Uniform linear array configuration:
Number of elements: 32
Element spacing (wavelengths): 1
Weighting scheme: blackman
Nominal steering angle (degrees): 15
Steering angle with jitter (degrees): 14.605
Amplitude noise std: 0.05
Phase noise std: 0.05

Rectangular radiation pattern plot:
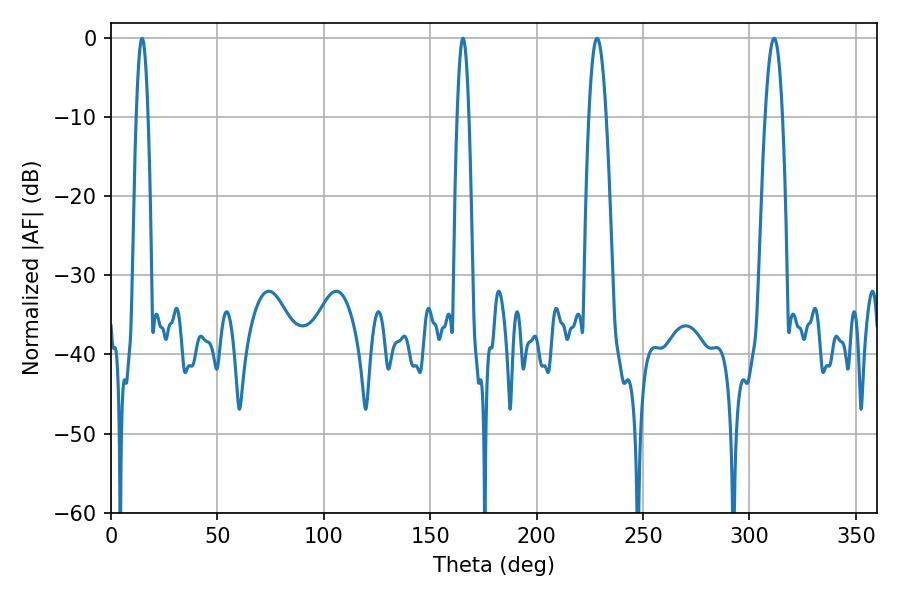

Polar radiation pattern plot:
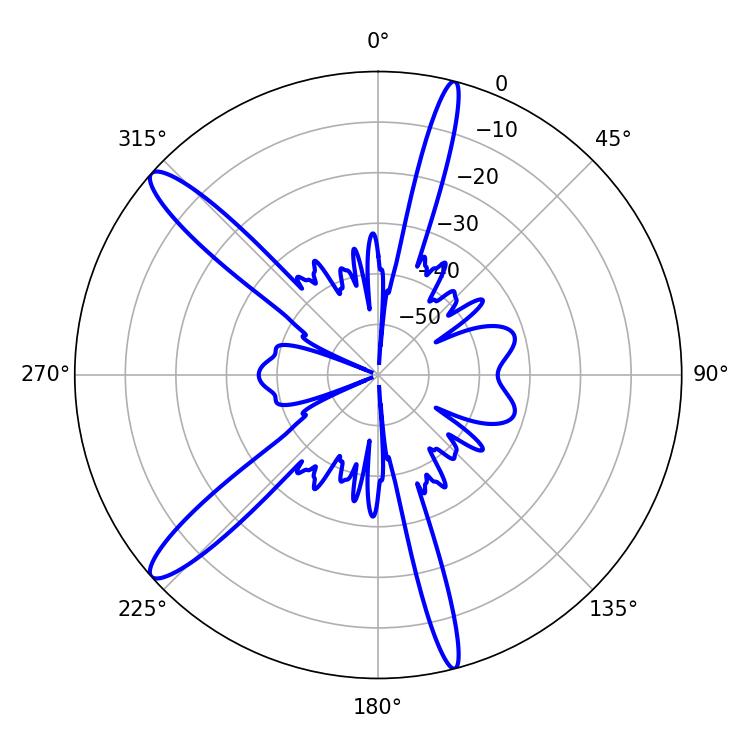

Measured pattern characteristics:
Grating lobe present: TRUE
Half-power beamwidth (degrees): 4.5
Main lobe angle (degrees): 311.58